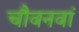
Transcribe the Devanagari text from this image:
चौवनवां